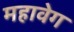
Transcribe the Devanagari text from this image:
महावेग